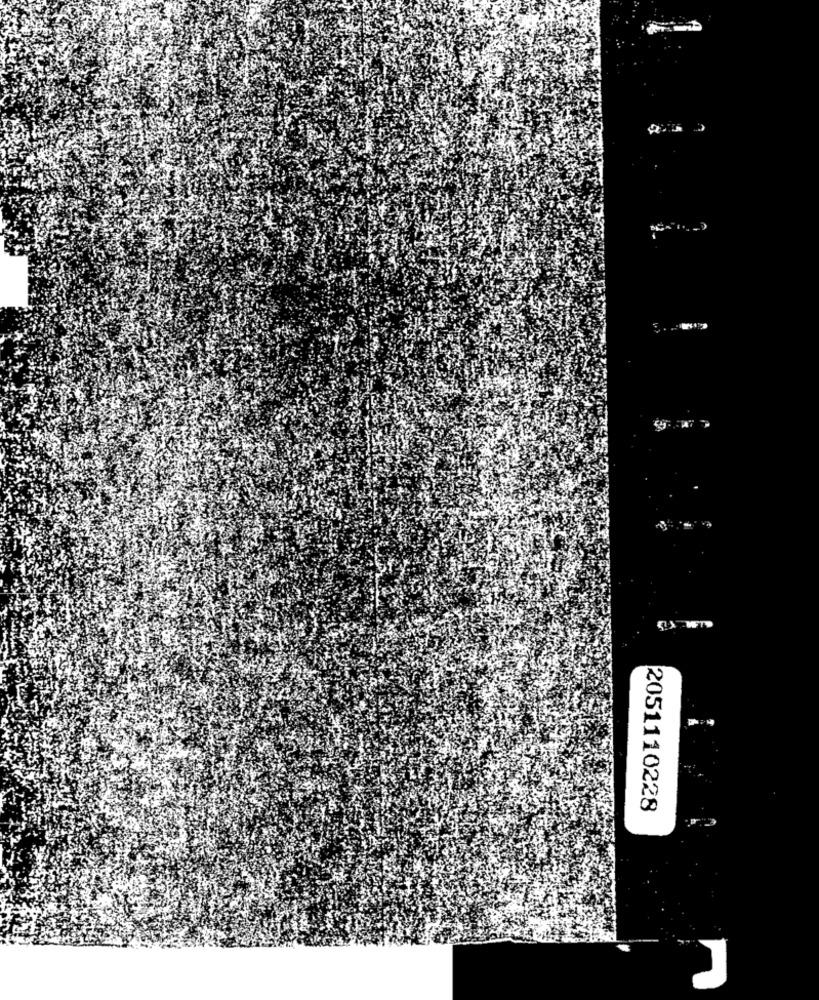
2051110228